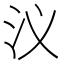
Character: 𮳃